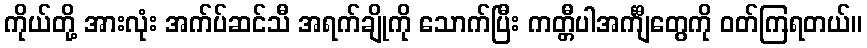
ကိုယ်တို့ အားလုံး အက်ပ်ဆင်သီ အရက်ချိုကို သောက်ပြီး ကတ္တီပါအင်္ကျီတွေကို ဝတ်ကြရတယ်။